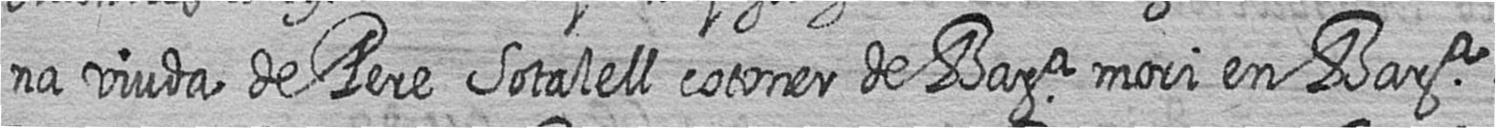
na viuda de Pere Sotalell cotoner de Bara mori en Bara